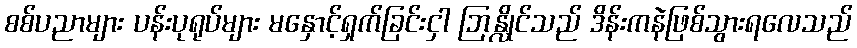
စစ်ပညာများ ပန်းပုရုပ်များ မနှောင့်ရှက်ခြင်းငှါ ဘြန္လိုင်သည် ဒိန်းကနဲဖြစ်သွားရလေသည်